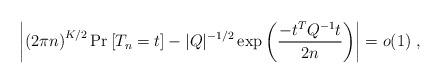
LaTeX: \begin{align*} \left| \left(2\pi n\right)^{K/2} \Pr\left[T_n = t\right] - |Q|^{-1/2} \exp\left(\frac{-t^T Q^{-1} t}{2n} \right) \right| = o(1) \; , \end{align*}